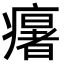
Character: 𤻃